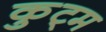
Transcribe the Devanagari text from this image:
कुट्म